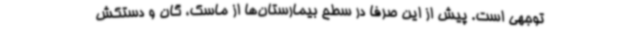
توجهی است. پیش از این صرفا در سطح بیمارستان‌ها از ماسک، گان و دستکش